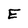
Character: E